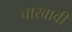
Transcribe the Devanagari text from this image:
चाखावी